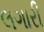
લગારી